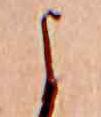
よ